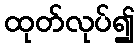
ထုတ်လုပ်၍